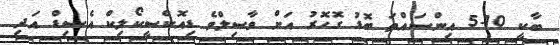
ބާކީ 10-5 އިންސައްތަ ބޮޑު ގޮހޮރު އަށް ވާޞިލްވެ ޑިއޮކްސީކޯލިކް އެސިޑް އަދި